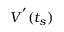
V ^ { ' } ( t _ { s } )